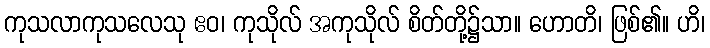
ကုသလာကုသလေသု ဧဝ၊ ကုသိုလ် အကုသိုလ် စိတ်တို့၌သာ။ ဟောတိ၊ ဖြစ်၏။ ဟိ၊